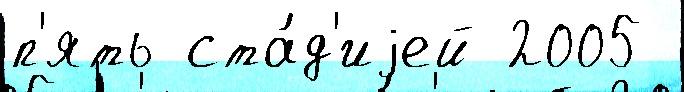
п'ять ста́д'иjей 2005